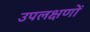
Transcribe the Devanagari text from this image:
उपलक्षणों